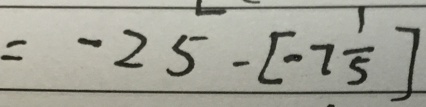
= - 2 5 - [ - 7 \frac { 1 } { 5 } ]